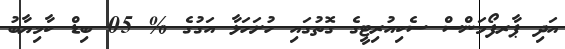
އަދި ޕާރފޯމަންސް ސެކިއުރިޓީގެ ގޮތުގައި ހުށަހަޅާ އަގުގެ % 05 ބިޑް ކާމިޔާބު